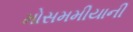
મોસમમીયાની